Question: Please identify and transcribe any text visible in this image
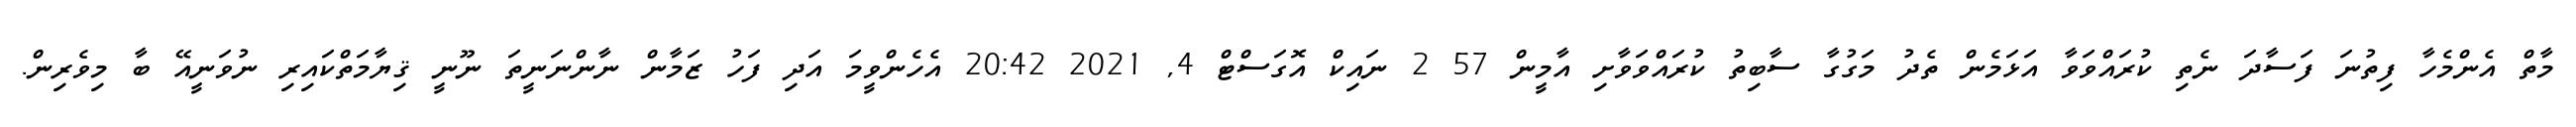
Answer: މާތް އެންމެހާ ފިތުނަ ފަސާދަ ނެތި ކުރައްވަވާ އަޅަމެން ތެދު މަގުގާ ސާބިތު ކުރައްވަވާށި އާމީން 57 2 ނައިކް އޮގަސްޓް 4, 2021 20:42 އެހެންވީމަ އަދި ފަހު ޒަމާން ނާންނަނީތަ ނޫނީ ޤިޔާމަތްކައިރި ނުވަނީއޭ ބާ މިވެރިން.